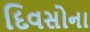
દિવસોના